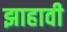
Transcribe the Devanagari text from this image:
झाहावी